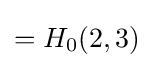
=H_{0}(2,3)